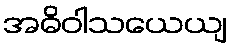
အဓိဝါသယေယျ